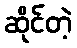
ဆိုင်တဲ့